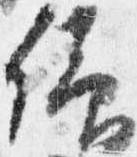
仰